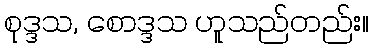
စုဒ္ဒသ, စောဒ္ဒသ ဟူသည်တည်း။